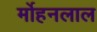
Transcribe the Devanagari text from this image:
र्मोहनलाल